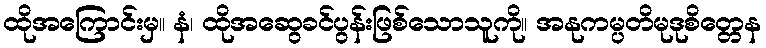
ထိုအကြောင်းမှ။ နံ၊ ထိုအဆွေခင်ပွန်းဖြစ်သောသူကို။ အနုကမ္ပတိမုဒုစိတ္တေန